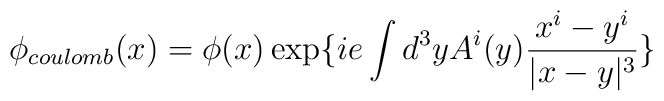
\phi_{coulomb}(x)=\phi(x)\exp\{ie\int d^3yA^i(y)\frac{x^i-y^i}{|x-y|^3}\}